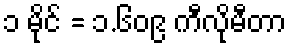
၁ မိုင် = ၁.၆၀၉ ကီလိုမီတာ